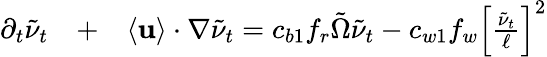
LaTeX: \begin{array}{rlr}{\partial_{t}\tilde{\nu}_{t}}&{{}+}&{\langle{\mathbf{u}}\rangle\cdot\nabla\tilde{\nu}_{t}=c_{b1}f_{r}\tilde{\Omega}\tilde{\nu}_{t}-c_{w1}f_{w}\left[\frac{\tilde{\nu}_{t}}{\ell}\right]^{2}}\end{array}